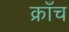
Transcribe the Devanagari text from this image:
क्राँच